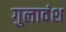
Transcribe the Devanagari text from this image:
गुलावंश